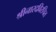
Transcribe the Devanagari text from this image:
श्रीनारदविरचित